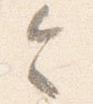
令